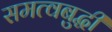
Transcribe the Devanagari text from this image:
समत्वबुद्धी